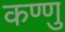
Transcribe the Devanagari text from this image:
कण्णु